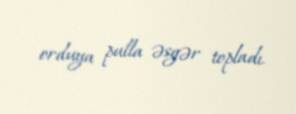
orduya pulla əsgər topladı.